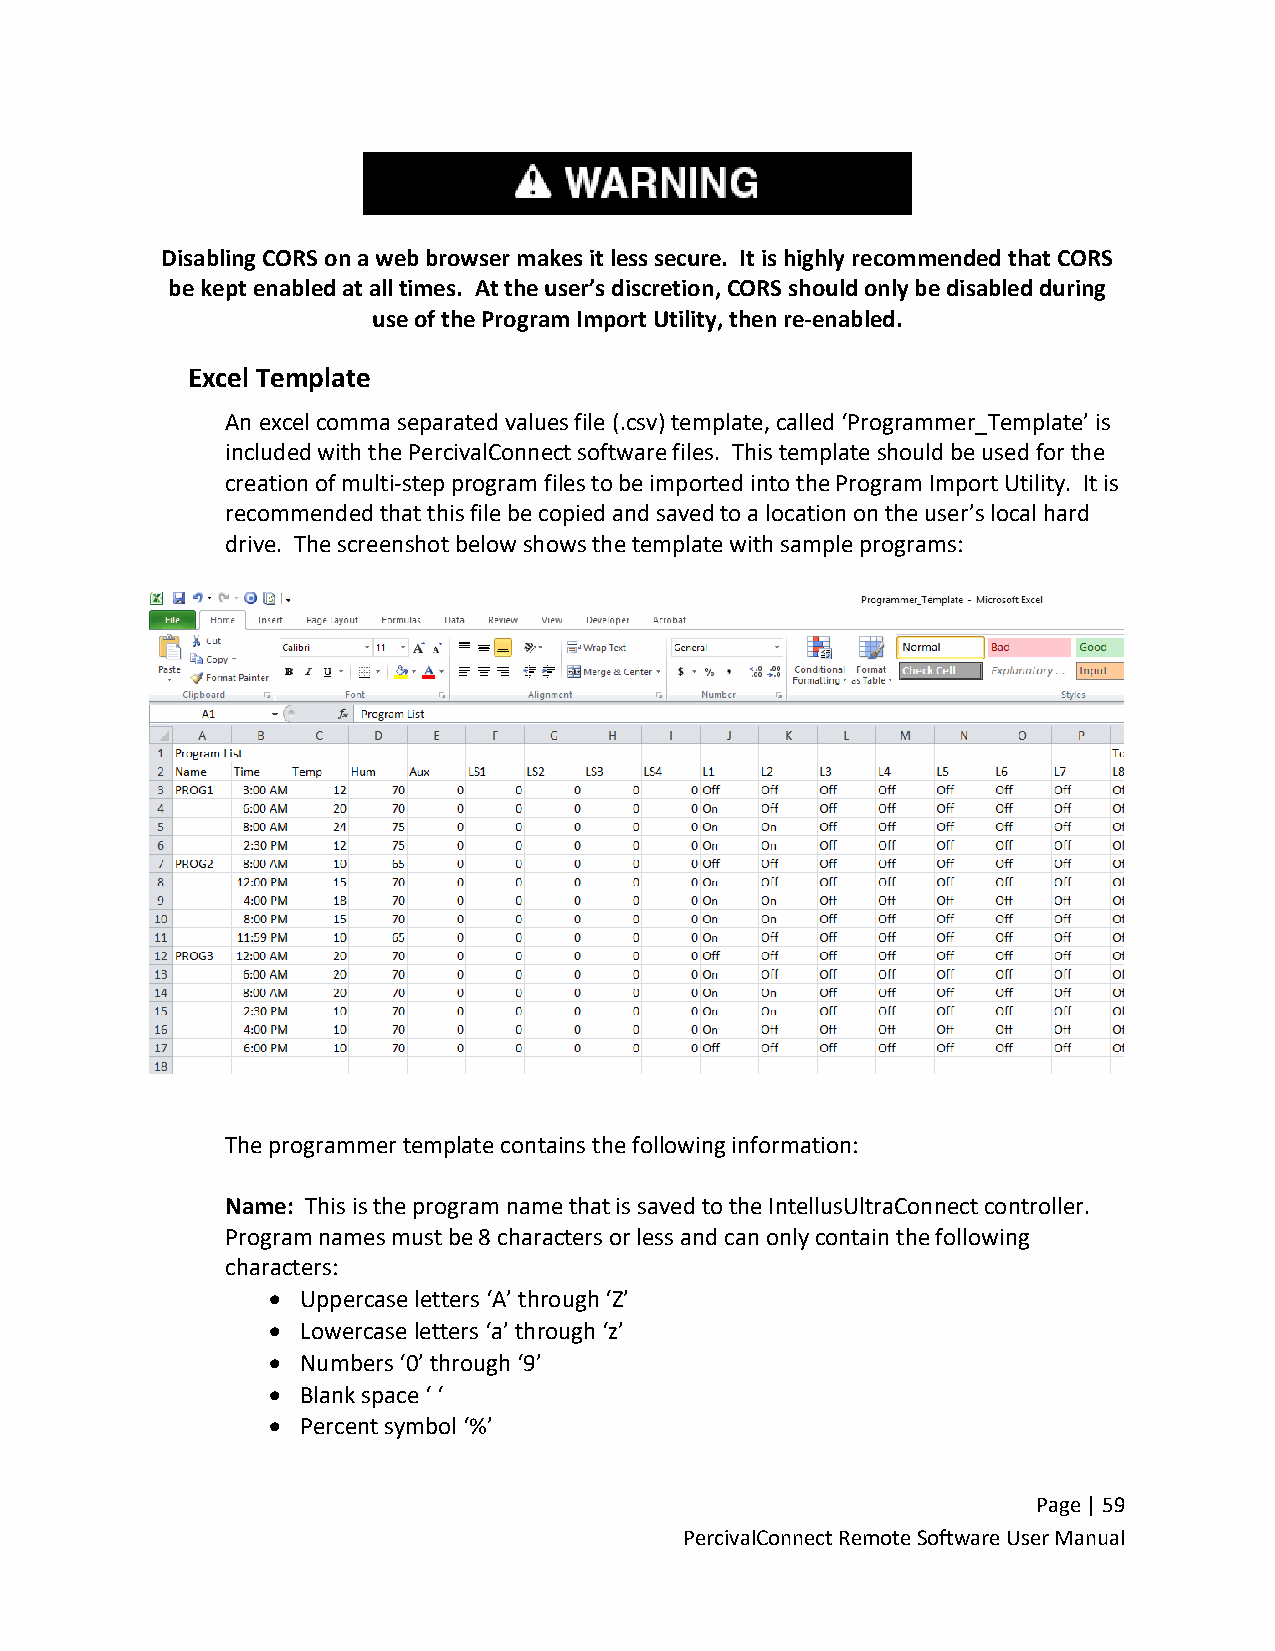
Disabling CORS on a web browser makes it less secure. It is highly recommended that CORS
 be kept enabled at all times. At the user’s discretion, CORS should only be disabled during
 use of the Program Import Utility, then re-enabled.
 Excel Template
 An excel comma separated values file (.csv) template, called ‘Programmer_Template’ is
 included with the PercivalConnect software files. This template should be used for the
 creation of multi-step program files to be imported into the Program Import Utility. It is
 recommended that this file be copied and saved to a location on the user’s local hard
 drive. The screenshot below shows the template with sample programs:
 The programmer template contains the following information:
 Name: This is the program name that is saved to the IntellusUltraConnect controller.
 Program names must be 8 characters or less and can only contain the following
 characters:
 • Uppercase letters ‘A’ through ‘Z’
 • Lowercase letters ‘a’ through ‘z’
 • Numbers ‘0’ through ‘9’
 • Blank space ‘ ‘
 • Percent symbol ‘%’
 Page | 59
 PercivalConnect Remote Software User Manual